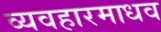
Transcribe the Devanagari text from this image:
व्यवहारमाधव